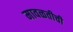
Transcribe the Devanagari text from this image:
मावळतीची